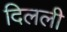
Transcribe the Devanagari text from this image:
दिलली